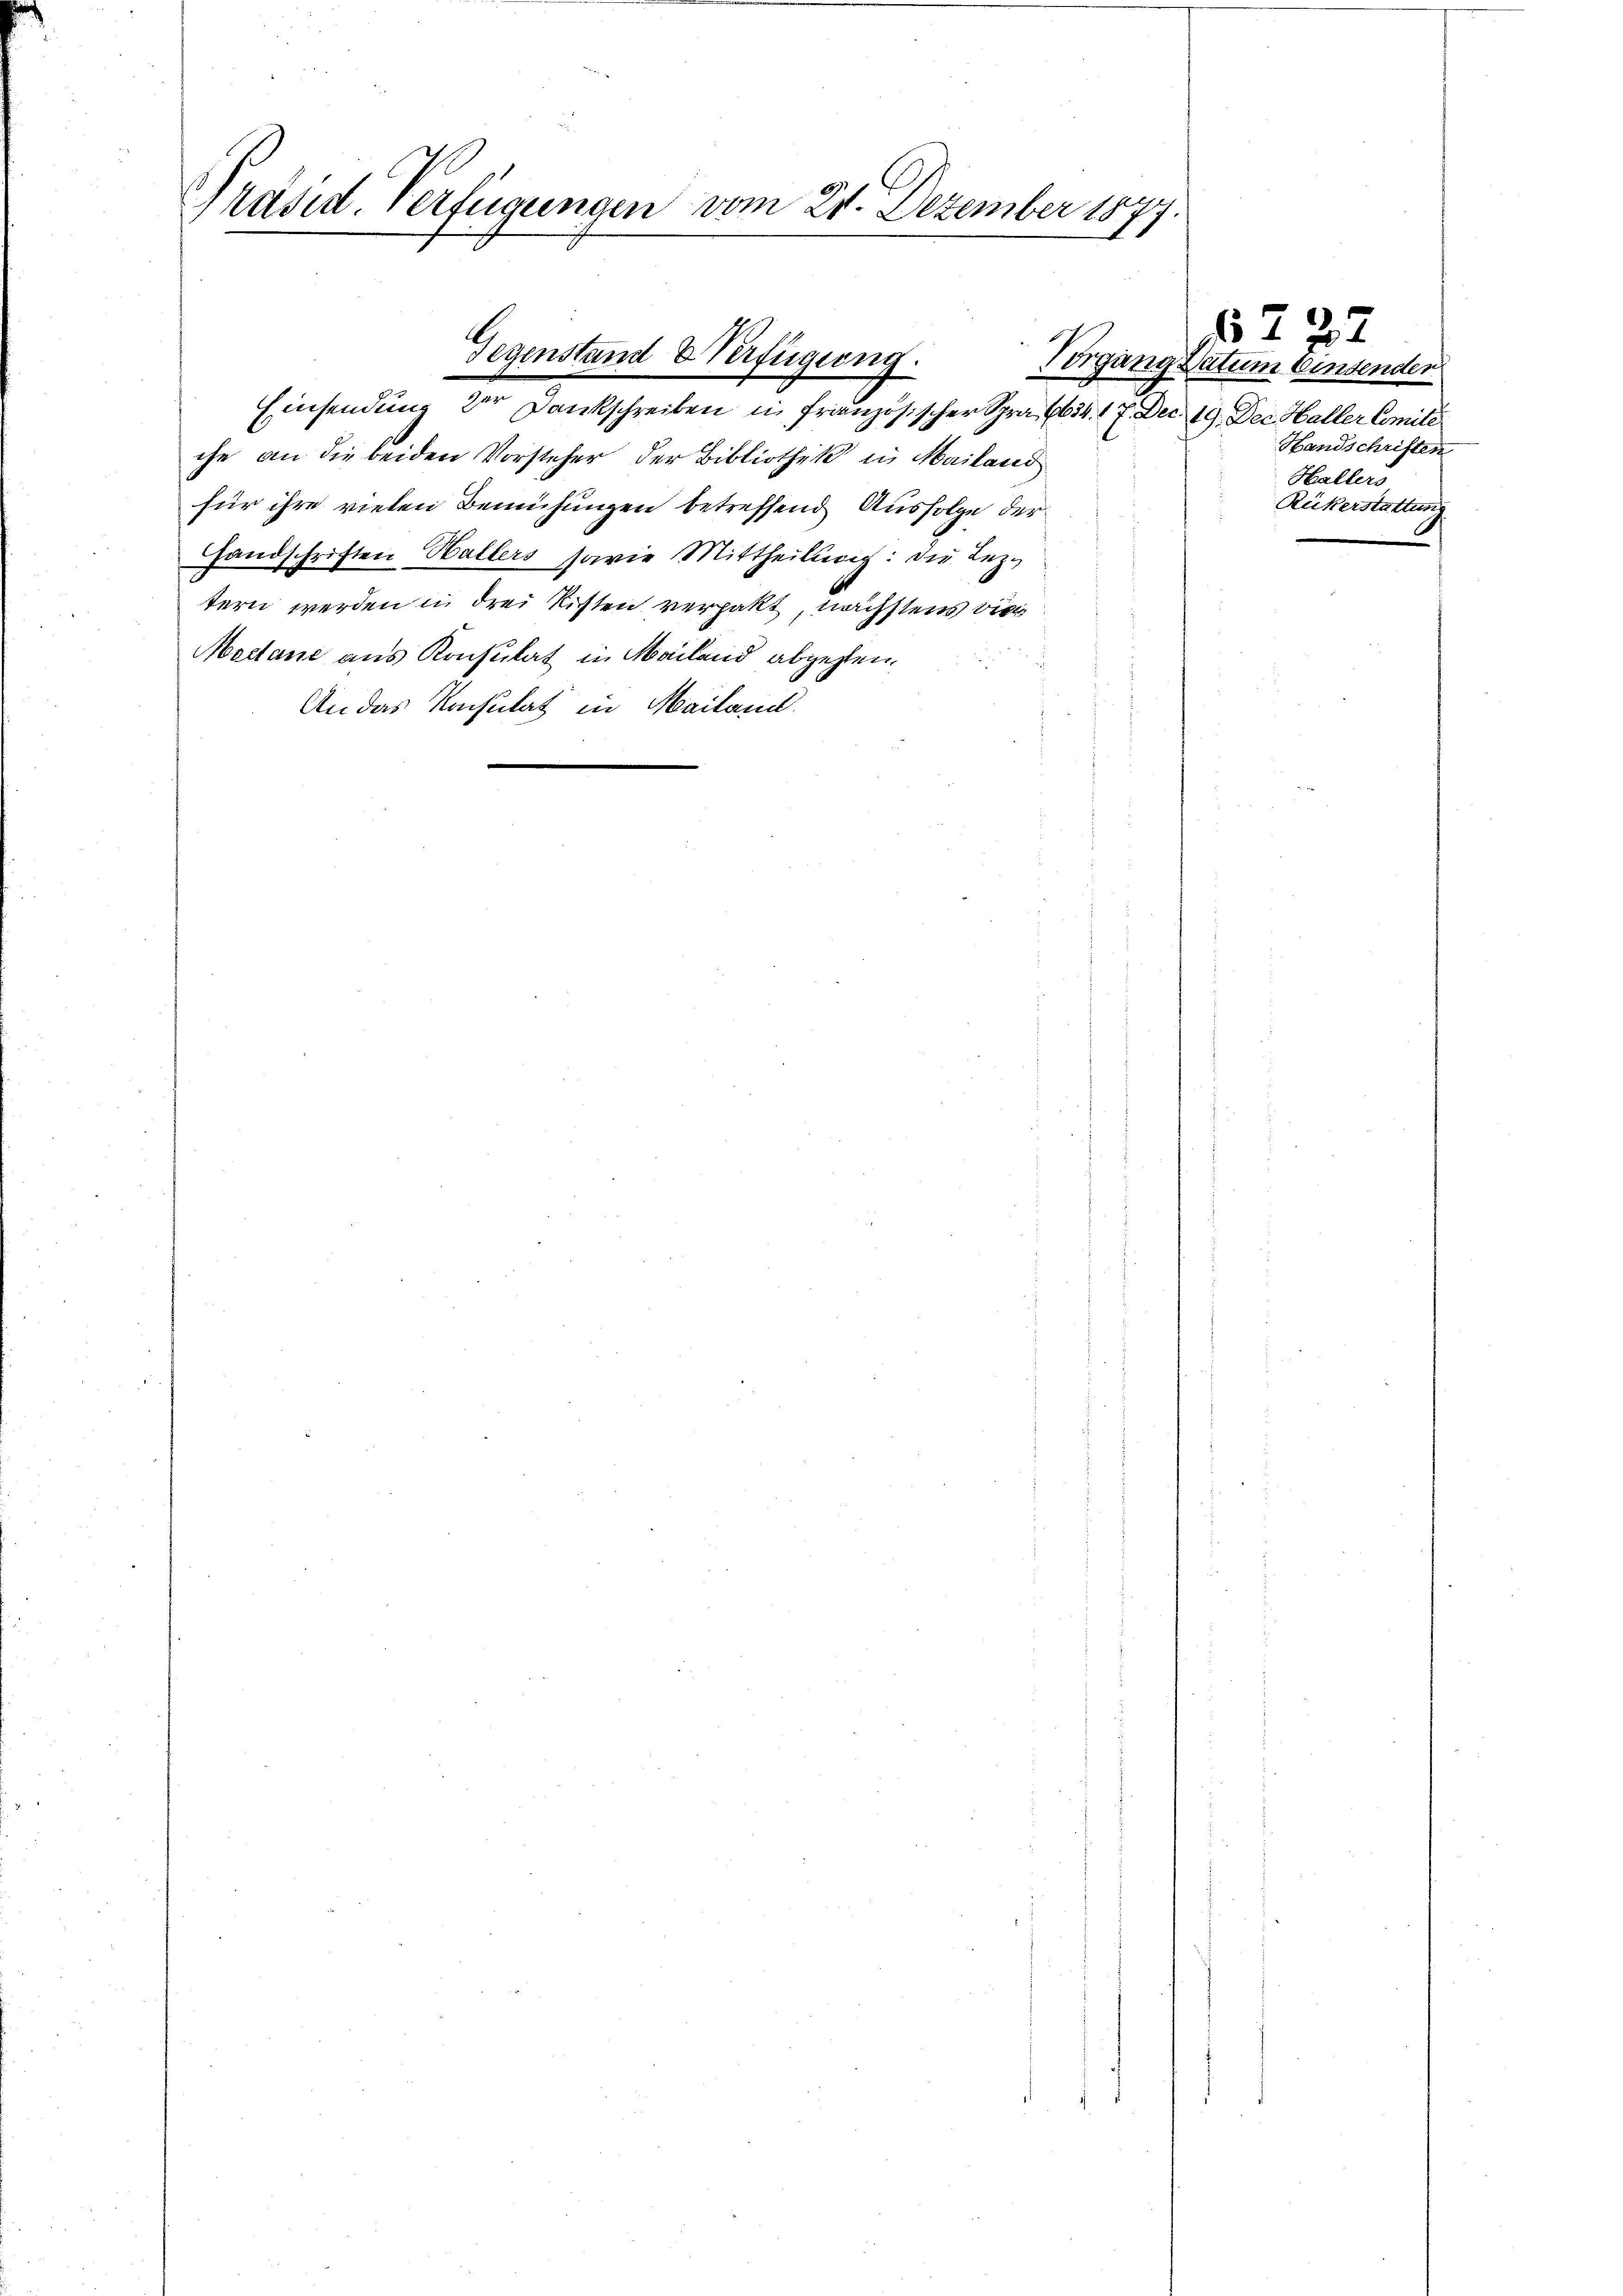
Präsid. Verfügungen vom 21. Dezember 1877

A
Gegenstand & Verfügung.

Einsendung der Dankschreiben in Französischer Spra (634. 17. Dec. 19. Dec Haller Comité
che an die beiden Vorsteher der Bibliothek in Mailand
für ihre vielen Bemühungen betreffend Ausfolge der¬
Handschriften Hallers sowie Mittheilung: die Leztern werden in drei Ritten verpakt, nächstens bien
Madtane aus Konsulat in Mailand abgegen¬
An das Konsulat in Mailand.

§ 222
Vorgang Datum bindenden
Handschriften
Hallers
Rickerstattung